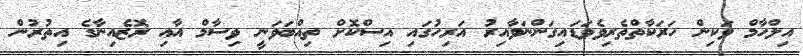
އިލްހާމް ވަކިން ހަރަކާތްތެރިވެވަޑައިގަންނަވާއިރު އަރިހުގައި އިސްކޮށް ތިއްބަވަނީ ވިސާމް އާއި ރޮޒެއިނާގެ އިތުރުން